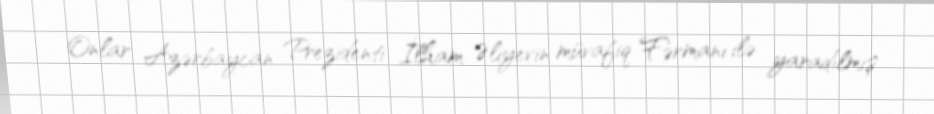
Onlar Azərbaycan Prezidenti İlham Əliyevin müvafiq Fərmanı ilə yaradılmış